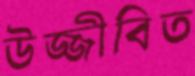
উজ্জীবিত